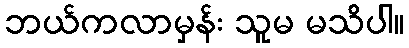
ဘယ်ကလာမှန်း သူမ မသိပါ။